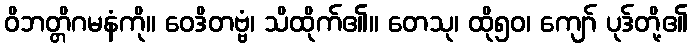
ဝိဘတ္တိဂမနံကို။ ဝေဒိတဗ္ဗံ၊ သိထိုက်၏။ တေသု၊ ထို၅၀၊ ကျော် ပုဒ်တို့၏